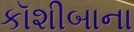
કૉશીબાના